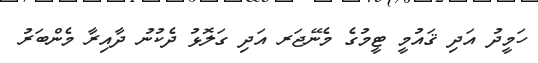
ހަމީދު އަދި ޤައުމީ ޓީމުގެ މެނޭޖަރ އަދި ގަލޮޅު ދެކުނު ދާއިރާ މެންބަރު